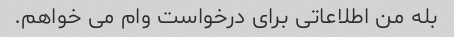
بله من اطلاعاتی برای درخواست وام می خواهم.